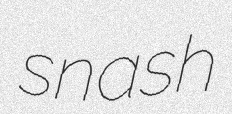
snash